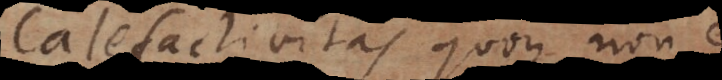
Calefactivitas quoque non est